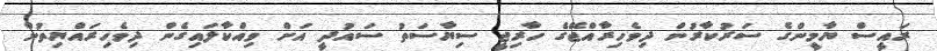
ރައީސް ޔާމީންގެ ސަރުކާރުން ދިވެހިރާއްޖޭގެ ހާރިޖީ ސިޔާސަތު ސައުދީ އަށް ވިއްކާލައިގެން ދިވެހިރައްޔިތުން